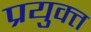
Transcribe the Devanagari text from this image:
प्रयुक्त्त